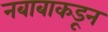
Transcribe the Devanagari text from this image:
नबाबाकडून